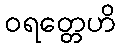
ဝရတ္တေဟိ